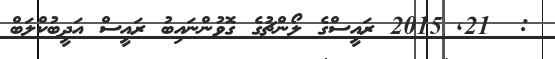
:  21